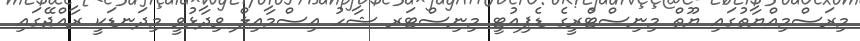
މިރަސްމިއްޔާތުގައި ޔޫތް މިނިސްޓްރީގެ ޑެޕިއުޓީ މިނިސްޓަރ ޝާހު އިސްމާއިލް ވިދާޅުވީ މިދަނޑަކީ ރާއްޖޭގައި